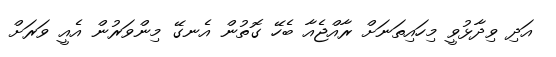
އަދި ވިދާޅުވީ މިހައިތަނަށް ރާއްޖެއާ ބެހޭ ގޮތުން އެނގޭ މިންވަރުން އެއީ ވަރަށް